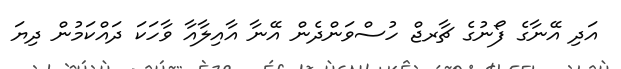
އަދި އޭނާގެ ފޯނުގެ ޗާރޖް ހުސްވަންދެން އޭނާ އާއިލާއާ ވާހަކަ ދައްކަމުން ދިޔަ